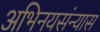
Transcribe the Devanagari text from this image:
अभिनयसंन्यास